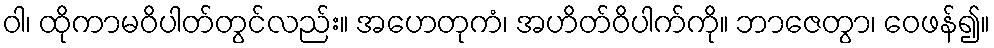
ဝါ၊ ထိုကာမဝိပါတ်တွင်လည်း။ အဟေတုကံ၊ အဟိတ်ဝိပါက်ကို။ ဘာဇေတွာ၊ ဝေဖန်၍။